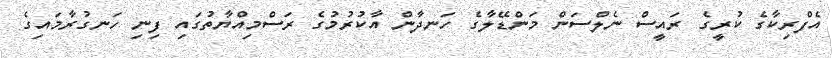
އެފްރިކާގެ ކުރީގެ ރައީސް ނެލްސަން މަންޑޭލާގެ ހަނދާން އާކުރުމުގެ ރަސްމިއްޔާތުގައި ފިނި ހަނގުރާމައިގެ